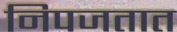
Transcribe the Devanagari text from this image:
निपजतात